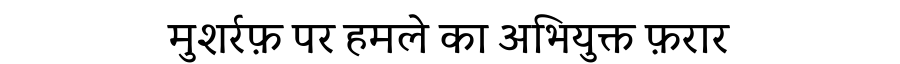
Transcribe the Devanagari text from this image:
मुशर्रफ़ पर हमले का अभियुक्त फ़रार